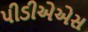
પીડીએએસ